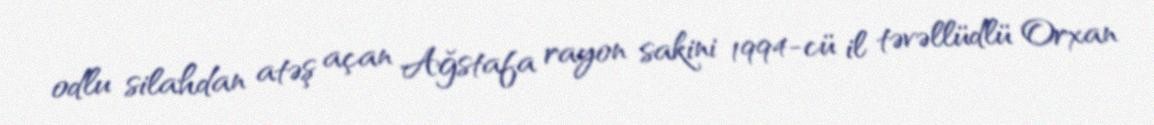
odlu silahdan atəş açan Ağstafa rayon sakini 1994-cü il təvəllüdlü Orxan